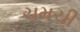
ચમચી